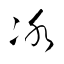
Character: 冰